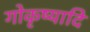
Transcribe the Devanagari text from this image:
गोकृष्यादि